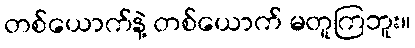
တစ်ယောက်နဲ့ တစ်ယောက် မတူကြဘူး။